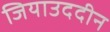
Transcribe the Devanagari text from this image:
जियाउददीन